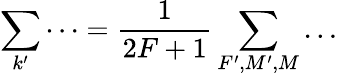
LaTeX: {\sum_{k^{\prime}}\dots=\frac{1}{2F+1}\sum_{F^{\prime},M^{\prime},M}\dots}